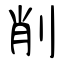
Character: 削